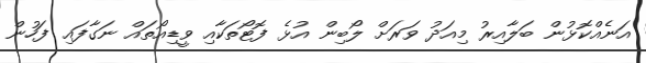
އަނެއްކޮޅުން ބަލާއިރު މިއަދު ވަރަށް ލޯބިން އުޅެ ފޮޓޯތަކާއި ވީޑިއޯތައް ނަގާފައި ފަހުން